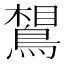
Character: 𪂼